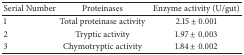
<table><thead><tr><td><b>Serial Number</b></td><td><b>Proteinases</b></td><td><b>Enzyme activity (U/gut)</b></td></tr></thead><tbody><tr><td>1</td><td>Total proteinase activity</td><td>2.15 ± 0.001</td></tr><tr><td>2</td><td>Tryptic activity</td><td>1.97 ± 0.003</td></tr><tr><td>3</td><td>Chymotryptic activity</td><td>1.84 ± 0.002</td></tr></tbody></table>